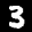
Label: 3